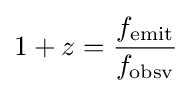
1+z={\frac {f_{\mathrm {emit} }}{f_{\mathrm {obsv} }}}